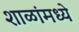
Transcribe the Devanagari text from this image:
शाळांमध्‍ये